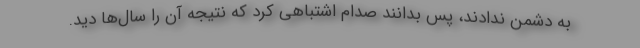
به دشمن ندادند، پس بدانند صدام اشتباهی کرد که نتیجه آن را سال‌ها دید.